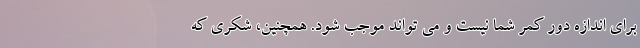
برای اندازه دور کمر شما نیست و می تواند موجب شود. همچنین، شکری که